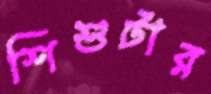
শিশুটার